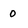
Character: 0